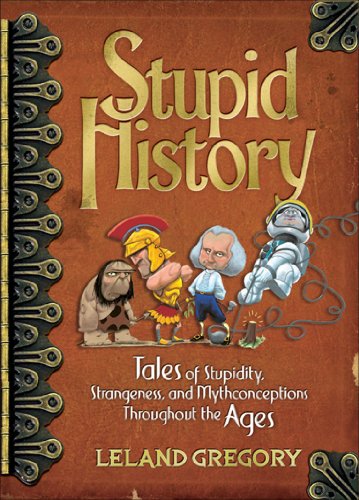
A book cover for Stupid History: Tales of Stupidity, Strangeness, and Mythconceptions Throughout the Ages; Leland Gregory; History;